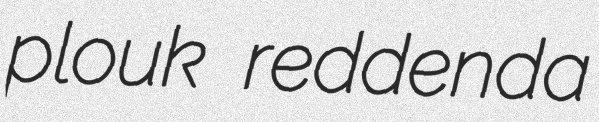
plouk reddenda